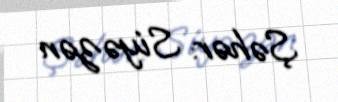
Şəhər: Siyəzən